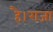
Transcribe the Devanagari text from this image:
है।राजा